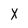
Character: x